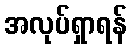
အလုပ်ရှာရန်